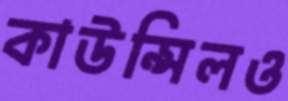
কাউন্সিলও